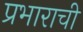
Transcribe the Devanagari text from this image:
प्रभाराची